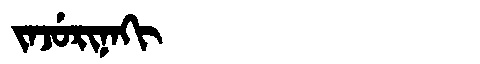
Manchu: ᠵᠠᠵᡠᡵᡳᠨᠠᡴᡳ
Romanization: JAJURINAKI